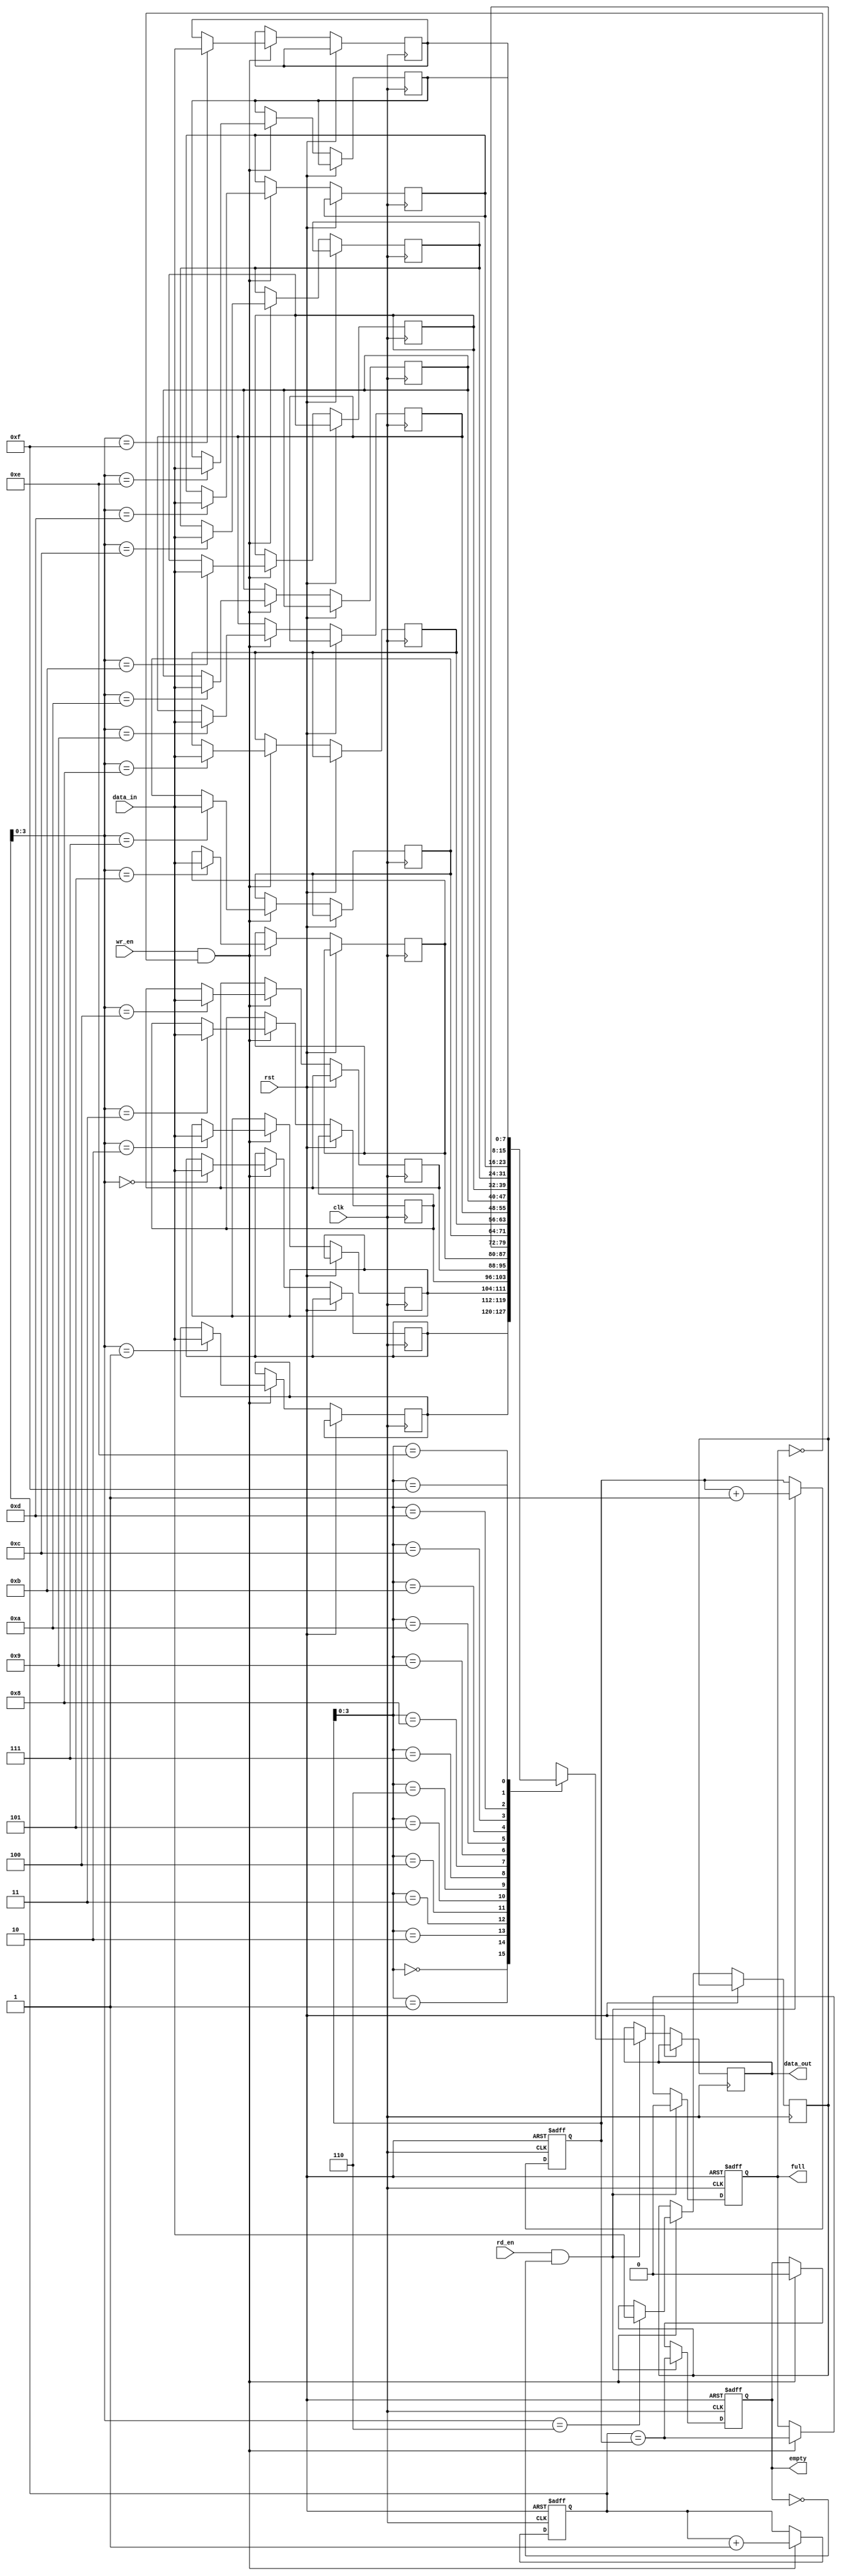
module last_word_fall_through_fifo(
   input wire clk,
   input wire rst,
   input wire wr_en,
   input wire rd_en,
   input wire [DATA_WIDTH-1:0] data_in,
   output wire [DATA_WIDTH-1:0] data_out,
   output reg full,
   output reg empty
);

parameter DEPTH = 16; // Depth of FIFO buffer
parameter DATA_WIDTH = 8; // Width of each data word

reg [DATA_WIDTH-1:0] mem [0:DEPTH-1];
reg [DATA_WIDTH-1:0] last_word;

reg [4:0] wr_ptr = 0; // Write pointer
reg [4:0] rd_ptr = 0; // Read pointer

always @ (posedge clk or posedge rst) begin
   if (rst) begin
      full <= 1'b0;
      empty <= 1'b1;
      wr_ptr <= 5'b0;
      rd_ptr <= 5'b0;
   end else begin
      if (wr_en && !full) begin
         mem[wr_ptr] <= data_in;
         last_word <= data_in;
         wr_ptr <= wr_ptr + 1;
         full <= (wr_ptr == rd_ptr);
         empty <= 1'b0;
      end
      if (rd_en && !empty) begin
         data_out <= mem[rd_ptr];
         rd_ptr <= rd_ptr + 1;
         empty <= (wr_ptr == rd_ptr);
         full <= 1'b0;
      end
   end
end

endmodule